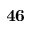
\mathbf { 4 6 }